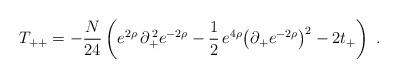
LaTeX: \begin{align*}T_{++}=-{N\over24}\left(e^{2\rho}\,\partial_+^{\,2}e^{-2\rho}-{1\over2}\,e^{4\rho}{\left(\partial_+e^{-2\rho}\right)}^2-2t_+\right)\;.\end{align*}